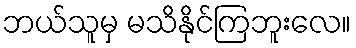
ဘယ်သူမှ မသိနိုင်ကြဘူးလေ။